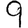
Digit: 9